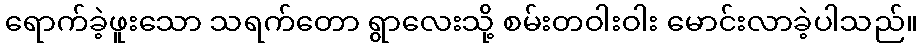
ရောက်ခဲ့ဖူးသော သရက်တော ရွာလေးသို့ စမ်းတဝါးဝါး မောင်းလာခဲ့ပါသည်။